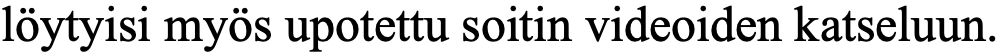
löytyisi myös upotettu soitin videoiden katseluun.